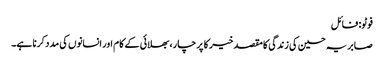
فوٹو: فائل
صابریہ حسین کی زندگی کا مقصد خیر کا پرچار، بھلائی کے کام اور انسانوں کی مدد کرنا ہے۔